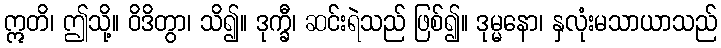
ဣတိ၊ ဤသို့။ ဝိဒိတွာ၊ သိ၍။ ဒုက္ခီ၊ ဆင်းရဲသည် ဖြစ်၍။ ဒုမ္မနော၊ နှလုံးမသာယာသည်